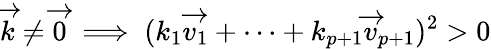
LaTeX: {\overrightarrow{k}}\neq{\overrightarrow{0}}\implies(k_{1}{\overrightarrow{v_{1}}}+\dots+k_{p+1}{\overrightarrow{v}}_{p+1})^{2}>0